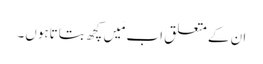
ان کے متعلق اب مَیں کچھ بتاتاہوں۔